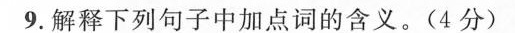
9.解释下列句子中加点词的含义。(4分)